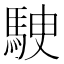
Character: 𩢶